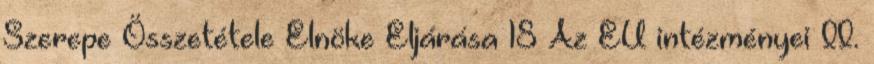
Szerepe Összetétele Elnöke Eljárása 18 Az EU intézményei II.